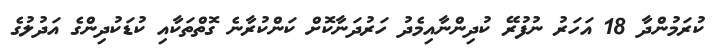
ކުރަމުންދާ 18 އަހަރު ނުފުރޭ ކުދިންނާއިމެދު ހަރުދަނާކޮށް ކަންކުރާނެ ގޮތްތަކާއި ކުޑަކުދިންގެ އަދުލުގެ